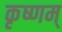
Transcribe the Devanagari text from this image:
कृष्णम्